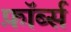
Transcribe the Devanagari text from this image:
फ़ॉर्ब्स